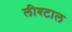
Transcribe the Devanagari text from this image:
लीश्टाल